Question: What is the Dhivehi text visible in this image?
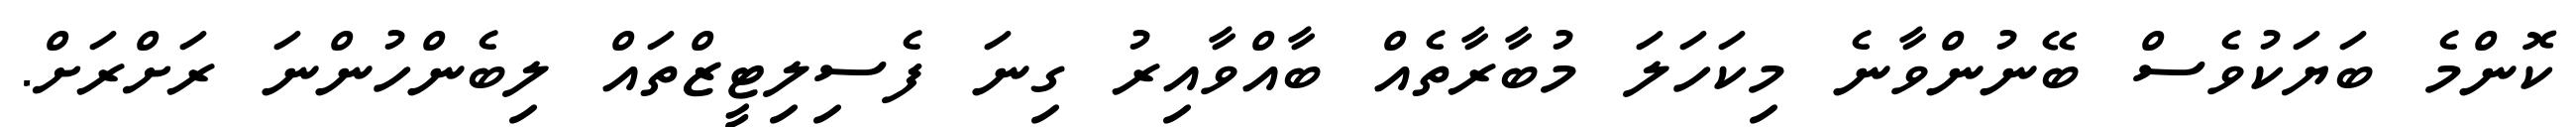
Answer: ކޮންމެ ބަޔަކުވެސް ބޭނުންވާނެ މިކަހަލަ މުބާރާތެއް ބާއްވާއިރު ގިނަ ފެސިލިޓީޒްތައް ލިބެންހުންނަ ރަށްރަށް.